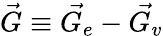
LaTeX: \vec{G}\equiv\vec{G_{e}}-\vec{G_{v}}